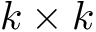
k \times k